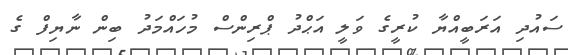
ސައުދި އަރަބީއްޔާ ކުރީގެ ވަލީ އަޙްދު ޕްރިންސް މުހައްމަދު ބިން ނާޔިފް ގެ